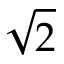
\sqrt { 2 }